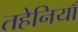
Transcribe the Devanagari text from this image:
तहेनियाँ